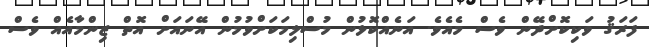
ފަރަޤު ވަކިކޮށްދޭން ވެސް މެއެވެ. އަނެއްކޮޅުން މުސްލިމަކަށްވުމުން އޭނައަށް އޮތް ޒިންމާއެއް ވެސް